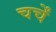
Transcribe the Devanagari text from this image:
चर्चें